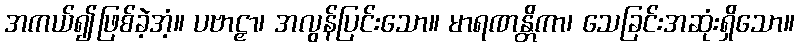
အကယ်၍ဖြစ်ခဲ့အံ့။ ပဗာဠှာ၊ အလွန်ပြင်းသော။ မာရဏန္တိကာ၊ သေခြင်းအဆုံးရှိသော။